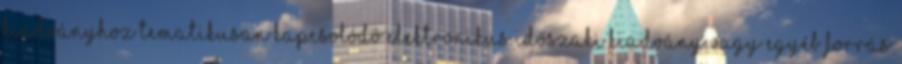
kiadványhoz tematikusan kapcsolódó elektronikus időszaki kiadvány vagy egyéb forrás